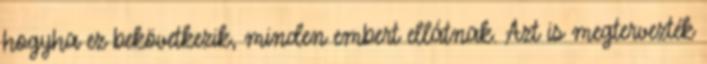
hogyha ez bekövetkezik, minden embert ellátnak. Azt is megtervezték